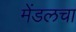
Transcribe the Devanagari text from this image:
मेंडलचा